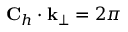
{ \bf C } _ { h } \cdot { \bf k } _ { \perp } = 2 \pi